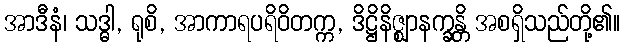
အာဒီနံ၊ သဒ္ဓါ, ရုစိ, အာကာရပရိဝိတက္က, ဒိဋ္ဌိနိဇ္ဈာနက္ခန္တိ အစရှိသည်တို့၏။